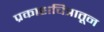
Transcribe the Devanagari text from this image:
प्रकाशचित्रातून